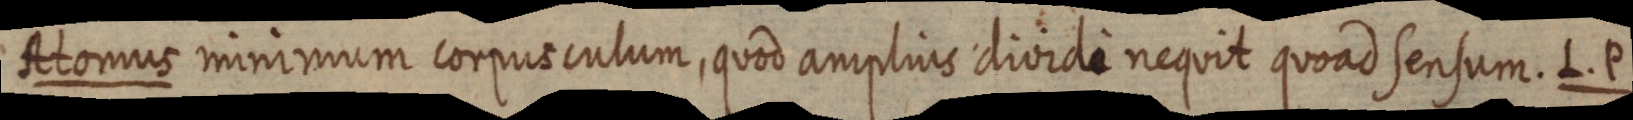
Atomus minimum corpus culum, quod amplius dividi nequit quoad sensum. L. P